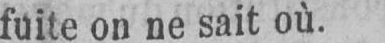
fuite on ne sait où.